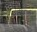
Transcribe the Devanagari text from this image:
नलीवाली